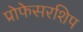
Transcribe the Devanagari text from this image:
प्रोफेसरशिप